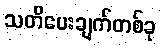
သတိပေးချက်တစ်ခု